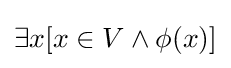
\exists x[x\in V\land \phi (x)]